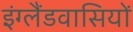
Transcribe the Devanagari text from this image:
इंग्लैंडवासियों